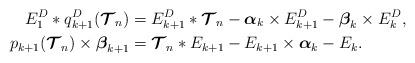
LaTeX: \begin{align*} E_1^D * q_{k+1}^D(\boldsymbol{\mathcal{T}}_n) &= E_{k+1}^D * \boldsymbol{\mathcal{T}}_n - \boldsymbol{\alpha}_{k} \times E_{k+1}^D - \boldsymbol{\beta}_{k} \times E_{k}^D, \\ p_{k+1}(\boldsymbol{\mathcal{T}}_n)\times\boldsymbol{\beta}_{k+1} &= \boldsymbol{\mathcal{T}}_n * E_{k+1} - E_{k+1}\times\boldsymbol{\alpha}_{k} - E_k.\end{align*}